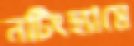
নটিংহ্যামে